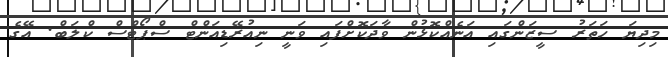
މިދިޔަ ހަތަރު ސީޒަންގައި އަނެއްކޮޅުން ވާދަކޮށްފައި ވަނީ ނިއުރޭޑިއަންޓް ސްޕޯޓްސް ކްލަބް. އޭގެ